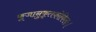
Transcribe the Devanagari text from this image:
कूजानुकृतकोकिलः।